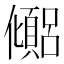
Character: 𫤉